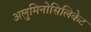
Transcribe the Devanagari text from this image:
अलुमिनोसिलिकेट